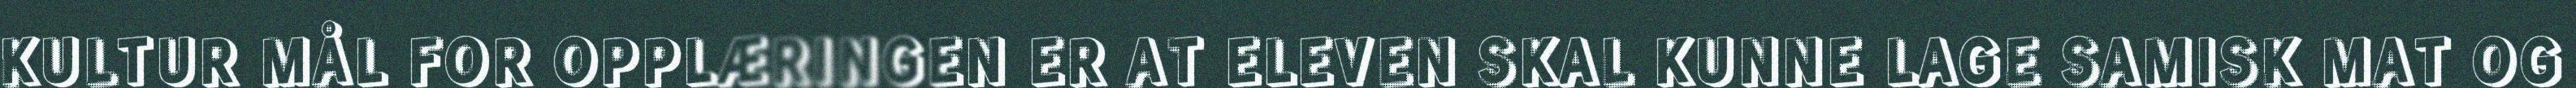
KULTUR MÅL FOR OPPLÆRINGEN ER AT ELEVEN SKAL KUNNE LAGE SAMISK MAT OG